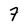
Character: 7